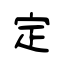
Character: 定